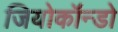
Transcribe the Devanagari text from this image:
जियोकॉन्डो